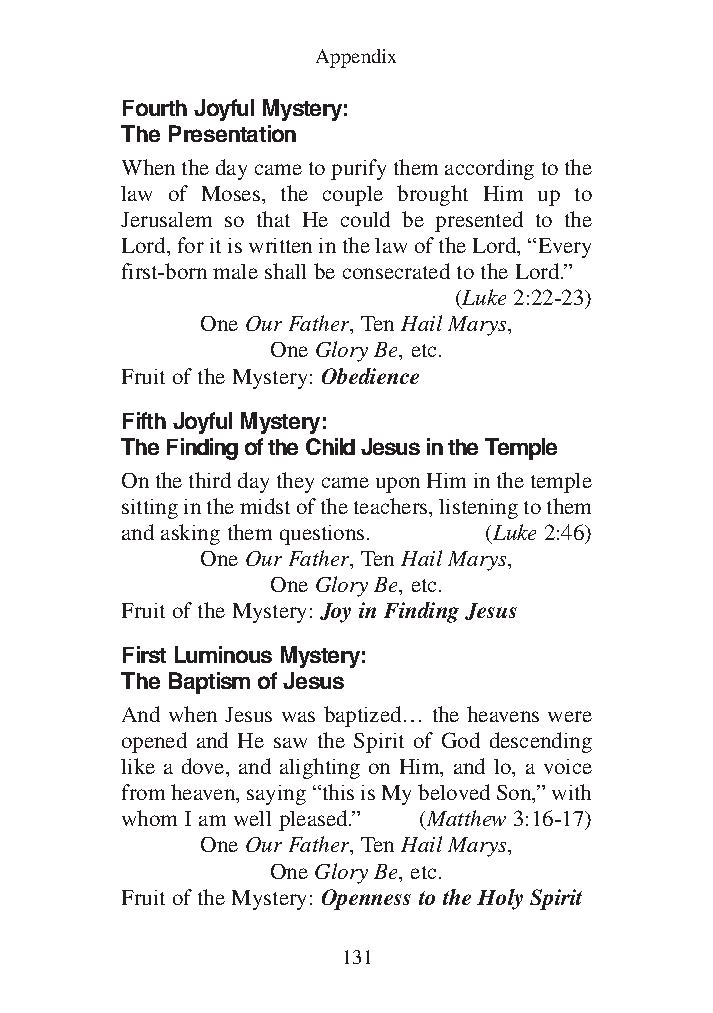
Common Appendix for all Vols_1 12/3/13 8:45 PM Page 131
 Appendix
 Fourth Joyful Mystery:
 The Presentation
 When the day came to purify them according to the
 law of Moses, the couple brought Him up to
 Jerusalem so that He could be presented to the
 Lord, for it is written in the law of the Lord, “Every
 first-born male shall be consecrated to the Lord.”
 (Luke 2:22-23)
 One Our Father, Ten Hail Marys,
 One Glory Be, etc.
 Fruit of the Mystery: Obedience
 Fifth Joyful Mystery:
 The Finding of the Child Jesus in the Temple
 On the third day they came upon Him in the temple
 sitting in the midst of the teachers, listening to them
 and asking them questions. (Luke 2:46)
 One Our Father, Ten Hail Marys,
 One Glory Be, etc.
 Fruit of the Mystery: Joy in Finding Jesus
 First Luminous Mystery:
 The Baptism of Jesus
 And when Jesus was baptized… the heavens were
 opened and He saw the Spirit of God descending
 like a dove, and alighting on Him, and lo, a voice
 from heaven, saying “this is My beloved Son,” with
 whom I am well pleased.” (Matthew 3:16-17)
 One Our Father, Ten Hail Marys,
 One Glory Be, etc.
 Fruit of the Mystery: Openness to the Holy Spirit
 131